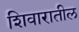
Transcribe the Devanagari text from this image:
शिवारातील